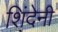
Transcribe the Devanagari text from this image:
शिंदेनी